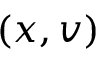
( x , v )